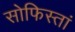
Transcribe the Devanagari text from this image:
सोफिस्तां